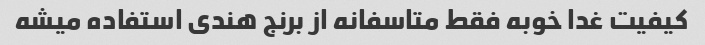
کیفیت غدا خوبه فقط متاسفانه از برنج هندی استفاده میشه